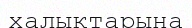
халықтарына